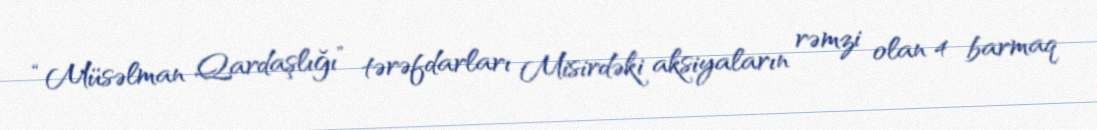
“Müsəlman Qardaşlığı” tərəfdarları Misirdəki aksiyaların rəmzi olan 4 barmaq